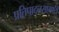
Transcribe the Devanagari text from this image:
प्रतिपादनसामर्थ्य